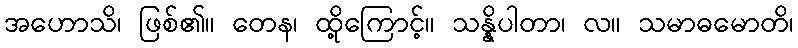
အဟောသိ၊ ဖြစ်၏။ တေန၊ ထို့ကြောင့်။ သန္နိပါတာ၊ လ။ သမာဓမောတိ၊